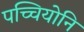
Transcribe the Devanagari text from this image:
पच्चियोनि